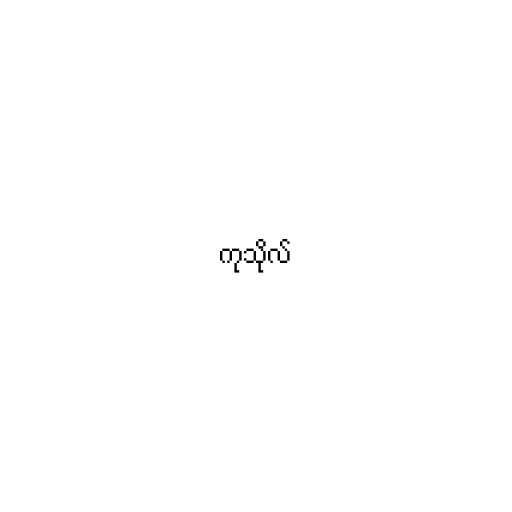
ကုသိုလ်